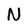
Character: N